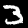
Digit: 3